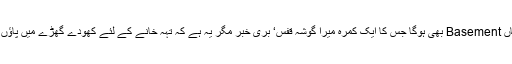
میرے بے حد اصرار کی وجہ سے وہاں Basement بھی ہوگا جس کا ایک کمرہ میرا گوشہ قفس‘ بری خبر مگر یہ ہے کہ تہہ خانے کے لئے کھودے گھڑے میں پاﺅں پھسل جانے کی وجہ سے میں گر گیا۔